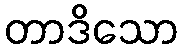
တာဒိသော